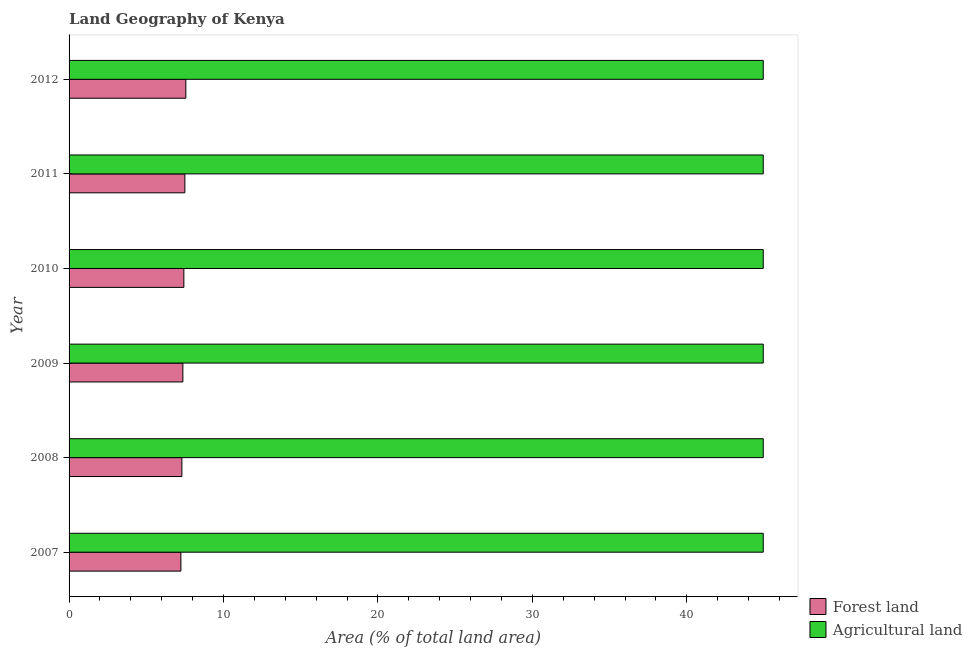
| Year | Forest land | Agricultural land |
 | --- | --- | --- |
 | 2007 | 7.24 | 44.9 |
 | 2008 | 7.3 | 44.9 |
 | 2009 | 7.37 | 44.9 |
 | 2010 | 7.43 | 44.9 |
 | 2011 | 7.5 | 44.9 |
 | 2012 | 7.56 | 44.9 |